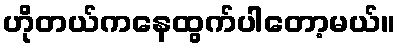
ဟိုတယ်ကနေထွက်ပါတော့မယ်။